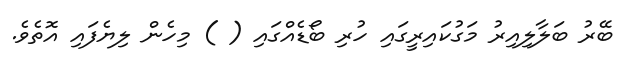
ބޭރު ބަލާލިއިރު މަގުކައިރީގައި ހުރި ބޯޑެއްގައި ( ) މިހެން ލިޔެފައި އޮތެވެ.